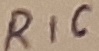
Text: R16